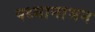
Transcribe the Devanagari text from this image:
पध्मानाभन